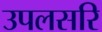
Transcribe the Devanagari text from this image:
उपलसरि